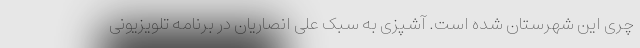
چری این شهرستان شده است. آشپزی به سبک علی انصاریان در برنامه تلویزیونی